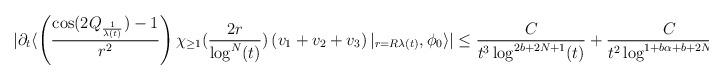
LaTeX: \begin{align*} |\partial_{t}\langle \left(\frac{\cos(2Q_{\frac{1}{\lambda(t)}})-1}{r^{2}}\right) \chi_{\geq 1}(\frac{2r}{\log^{N}(t)})\left(v_{1}+v_{2}+v_{3}\right)\vert_{r = R\lambda(t)},\phi_{0}\rangle|&\leq \frac{C}{t^{3} \log^{2b+2N+1}(t)} + \frac{C}{t^{2} \log^{1+b\alpha +b+2N}(t)}\end{align*}